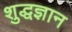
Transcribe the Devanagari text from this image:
शुद्धज्ञान